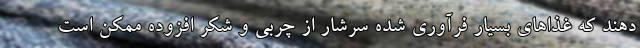
دهند که غذاهای بسیار فرآوری شده سرشار از چربی و شکر افزوده ممکن است